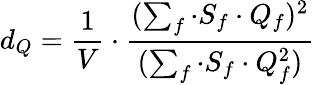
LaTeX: d_{Q}=\frac{1}{V}\cdot\frac{(\sum_{f}\cdot S_{f}\cdot Q_{f})^{2}}{(\sum_{f}\cdot S_{f}\cdot Q_{f}^{2})}~